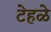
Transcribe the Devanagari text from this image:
टेहळे